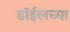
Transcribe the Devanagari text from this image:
डाॅईलच्या